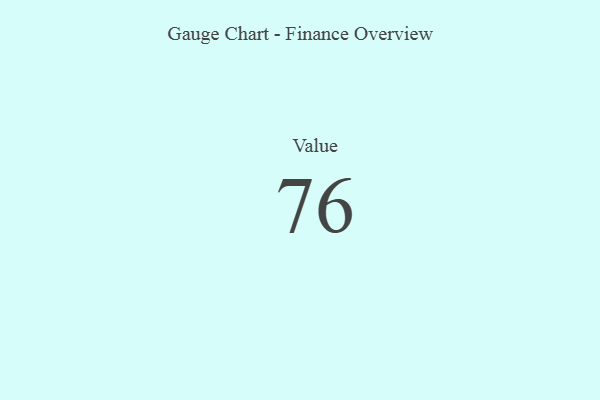
{"axis": {"x": "Metric", "y": "Value"}, "legend": [""], "data": [{"x": "Value", "y": 76, "type": ""}]}